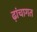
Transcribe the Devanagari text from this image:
ढ़ांचागत